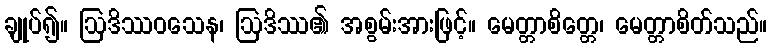
ချုပ်၍။ ဩဒိဿဝသေန၊ ဩဒိဿ၏ အစွမ်းအားဖြင့်။ မေတ္တာစိတ္တေ၊ မေတ္တာစိတ်သည်။